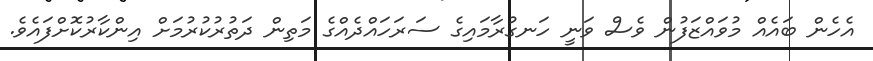
އެހެން ބައެއް މުވައްޒަފުން ވެސް ވަނީ ހަނގުރާމައިގެ ސަރަހައްދެއްގެ މަތިން ދަތުރުކުރުމަށް އިންކާރުކޮށްފައެވެ.